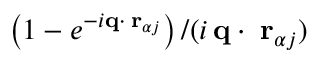
\left( 1 - e ^ { - i { \bf q } \cdot { \bf \delta r } _ { \alpha j } } \right) / ( i \, { \bf q } \cdot { \bf \delta r } _ { \alpha j } )